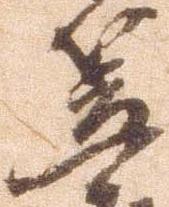
笠